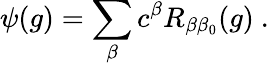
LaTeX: \psi(g)=\sum_{\beta}c^{\beta}R_{\beta\beta_{0}}(g)~.